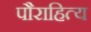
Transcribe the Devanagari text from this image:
पौराहित्य